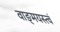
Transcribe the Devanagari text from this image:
वाङ्‌मयस्त्वं